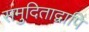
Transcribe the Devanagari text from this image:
समुदिताद्वापि